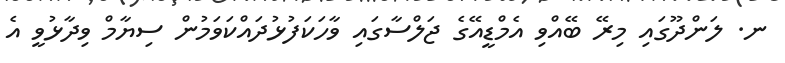
ނ. ލަންދޫގައި މިރޭ ބޭއްވި އެމްޑީއޭގެ ޖަލްސާގައި ވާހަކަފުޅުދައްކަވަމުން ސިޔާމް ވިދާޅުވީ އެ